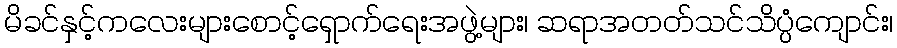
မိခင်နှင့်ကလေးများစောင့်ရှောက်ရေးအဖွဲ့များ၊ ဆရာအတတ်သင်သိပ္ပံကျောင်း၊